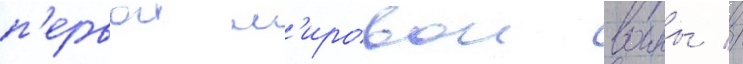
п'ервои м'ировои воины //